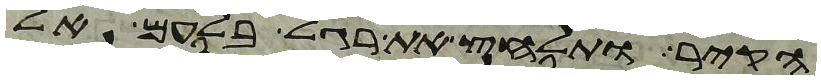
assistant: הקיר ותלחץ את רגל בלעם אל